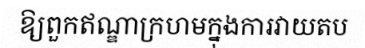
ឱ្យពួកឥណ្ឌាក្រហមក្នុងការវាយតប